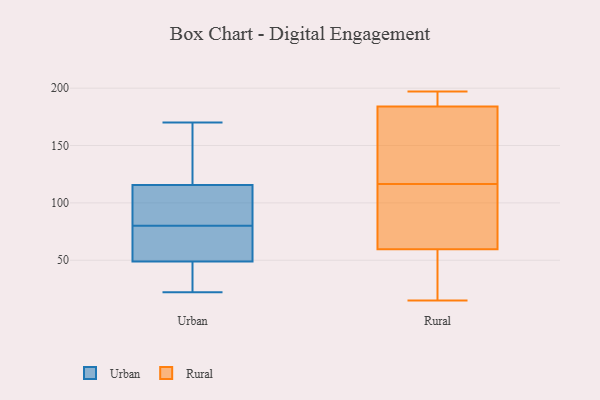
{"axis": {"x": "Customer Acquisition Cost (USD)", "y": "Value"}, "legend": ["Rural", "Urban"], "data": [{"x": "", "y": 22, "type": "Urban"}, {"x": "", "y": 87, "type": "Urban"}, {"x": "", "y": 73, "type": "Urban"}, {"x": "", "y": 39, "type": "Urban"}, {"x": "", "y": 134, "type": "Urban"}, {"x": "", "y": 55, "type": "Urban"}, {"x": "", "y": 51, "type": "Urban"}, {"x": "", "y": 126, "type": "Urban"}, {"x": "", "y": 98, "type": "Urban"}, {"x": "", "y": 105, "type": "Urban"}, {"x": "", "y": 47, "type": "Urban"}, {"x": "", "y": 170, "type": "Urban"}, {"x": "", "y": 126, "type": "Rural"}, {"x": "", "y": 51, "type": "Rural"}, {"x": "", "y": 197, "type": "Rural"}, {"x": "", "y": 127, "type": "Rural"}, {"x": "", "y": 197, "type": "Rural"}, {"x": "", "y": 85, "type": "Rural"}, {"x": "", "y": 15, "type": "Rural"}, {"x": "", "y": 68, "type": "Rural"}, {"x": "", "y": 107, "type": "Rural"}, {"x": "", "y": 179, "type": "Rural"}, {"x": "", "y": 189, "type": "Rural"}, {"x": "", "y": 31, "type": "Rural"}]}